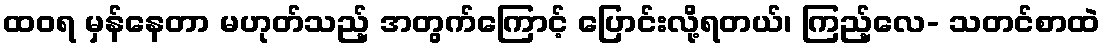
ထဝရ မှန်နေတာ မဟုတ်သည့် အတွက်ကြောင့် ပြောင်းလို့ရတယ်၊ ကြည့်လေ- သတင်စာထဲ